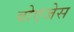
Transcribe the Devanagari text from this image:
वोएजेस